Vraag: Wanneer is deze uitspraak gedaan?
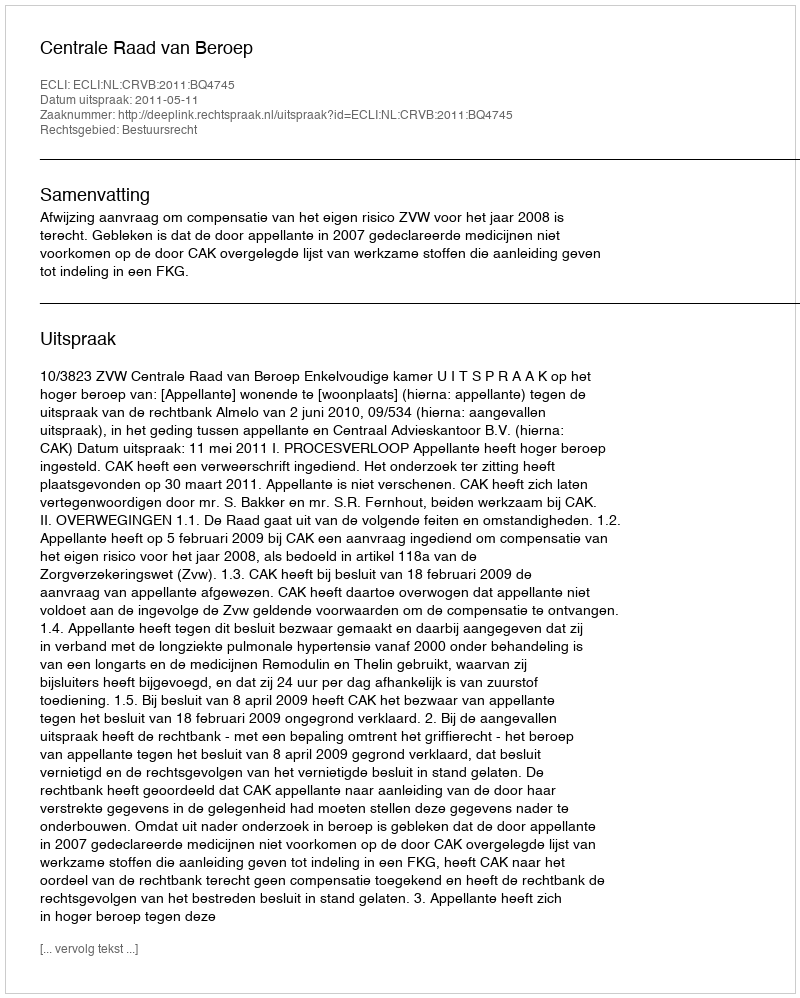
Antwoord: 2011-05-11